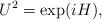
LaTeX: \begin{align*} U^2=\exp(iH), \end{align*}